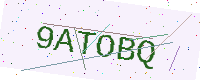
Text: 9ATOBQ